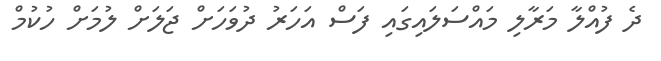
ދެ ފުއްލާ މަރާލި މައްސަލައިގައި ފަސް އަހަރު ދުވަހަށް ޖަލަށް ލުމަށް ހުކުމް